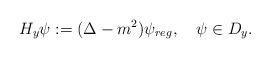
LaTeX: \begin{align*}H_y\psi:=(\Delta-m^2)\psi_{reg},\quad\psi\in D_y.\end{align*}